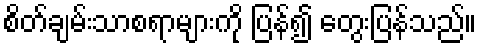
စိတ်ချမ်းသာစရာများကို ပြန်၍ တွေးပြန်သည်။